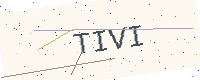
Text: TIVI